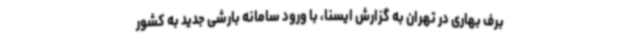
برف بهاری در تهران به گزارش ایسنا، با ورود سامانه بارشی جدید به کشور